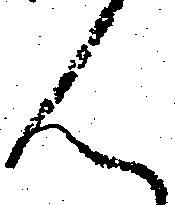
ん